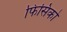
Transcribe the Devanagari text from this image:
फिसिको